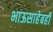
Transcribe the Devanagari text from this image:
भाऊसाहेबही